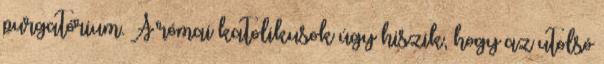
purgatórium. A római katolikusok úgy hiszik, hogy az utolsó